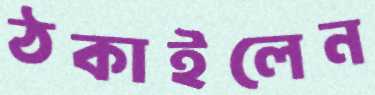
ঠকাইলেন